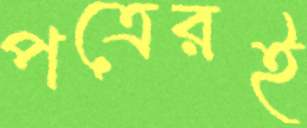
পত্রেরই